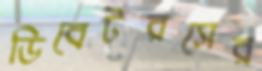
ডিবেটরসের